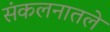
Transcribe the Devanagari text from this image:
संकलनातले